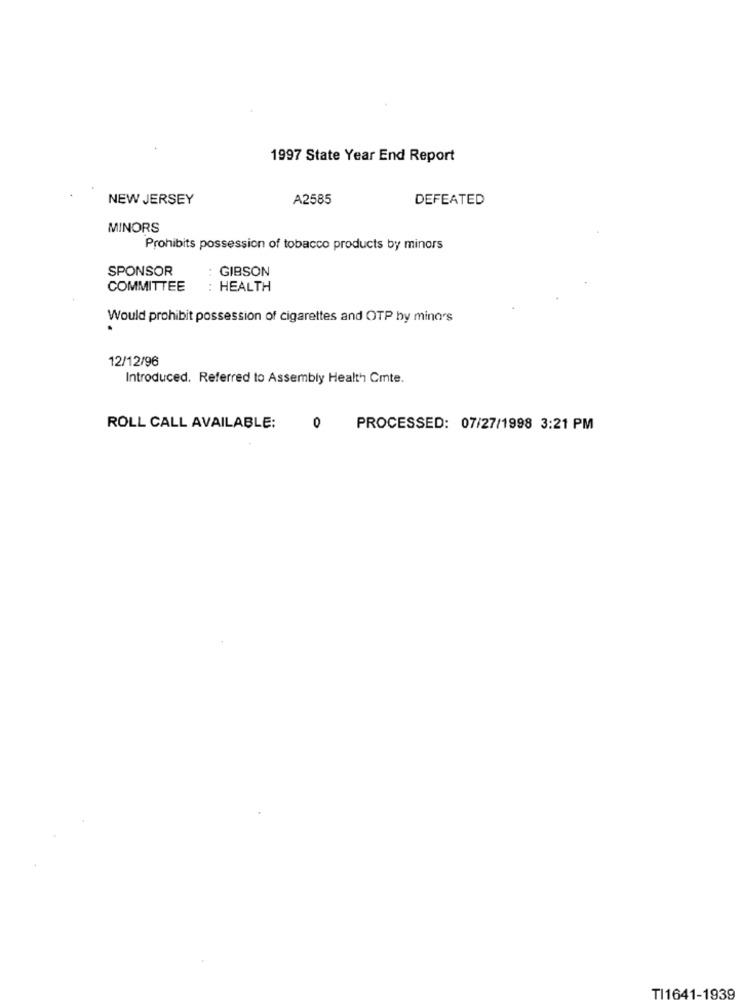
1997 State Year End Report
NEW JERSEY
A2585
DEFEATED
MINORS
Prohibits possession of tobacco products by minors
SPONSOR
GIBSON
COMMITTEE
: HEALTH
Would prohibit possession of cigarettes and OTP hy minors
.
12/12/96
Introduced. Referred to Assembly Health Cmte.
ROLL CALL AVAILABLE:
0
PROCESSED: 07/27/1998 3:21 PM
TI1641-1939